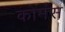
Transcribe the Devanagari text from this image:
कोमंस